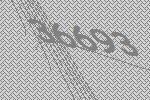
36693